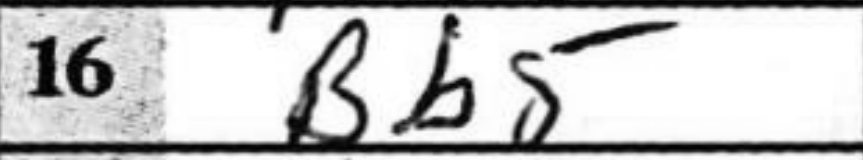
Transcription: Bb5